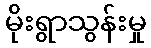
မိုးရွာသွန်းမှု